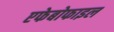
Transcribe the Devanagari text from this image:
एफेबोफाइल